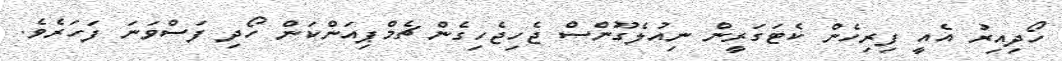
ހޯދިއިރު އެއީ ފިރިހެން ކެޓަގަރީން ނިއުލެގޫންސް ޖެހިޖެހިގެން ޗެމްޕިއަންކަން ހޯދި ފަސްވަނަ ފަހަރެވެ.